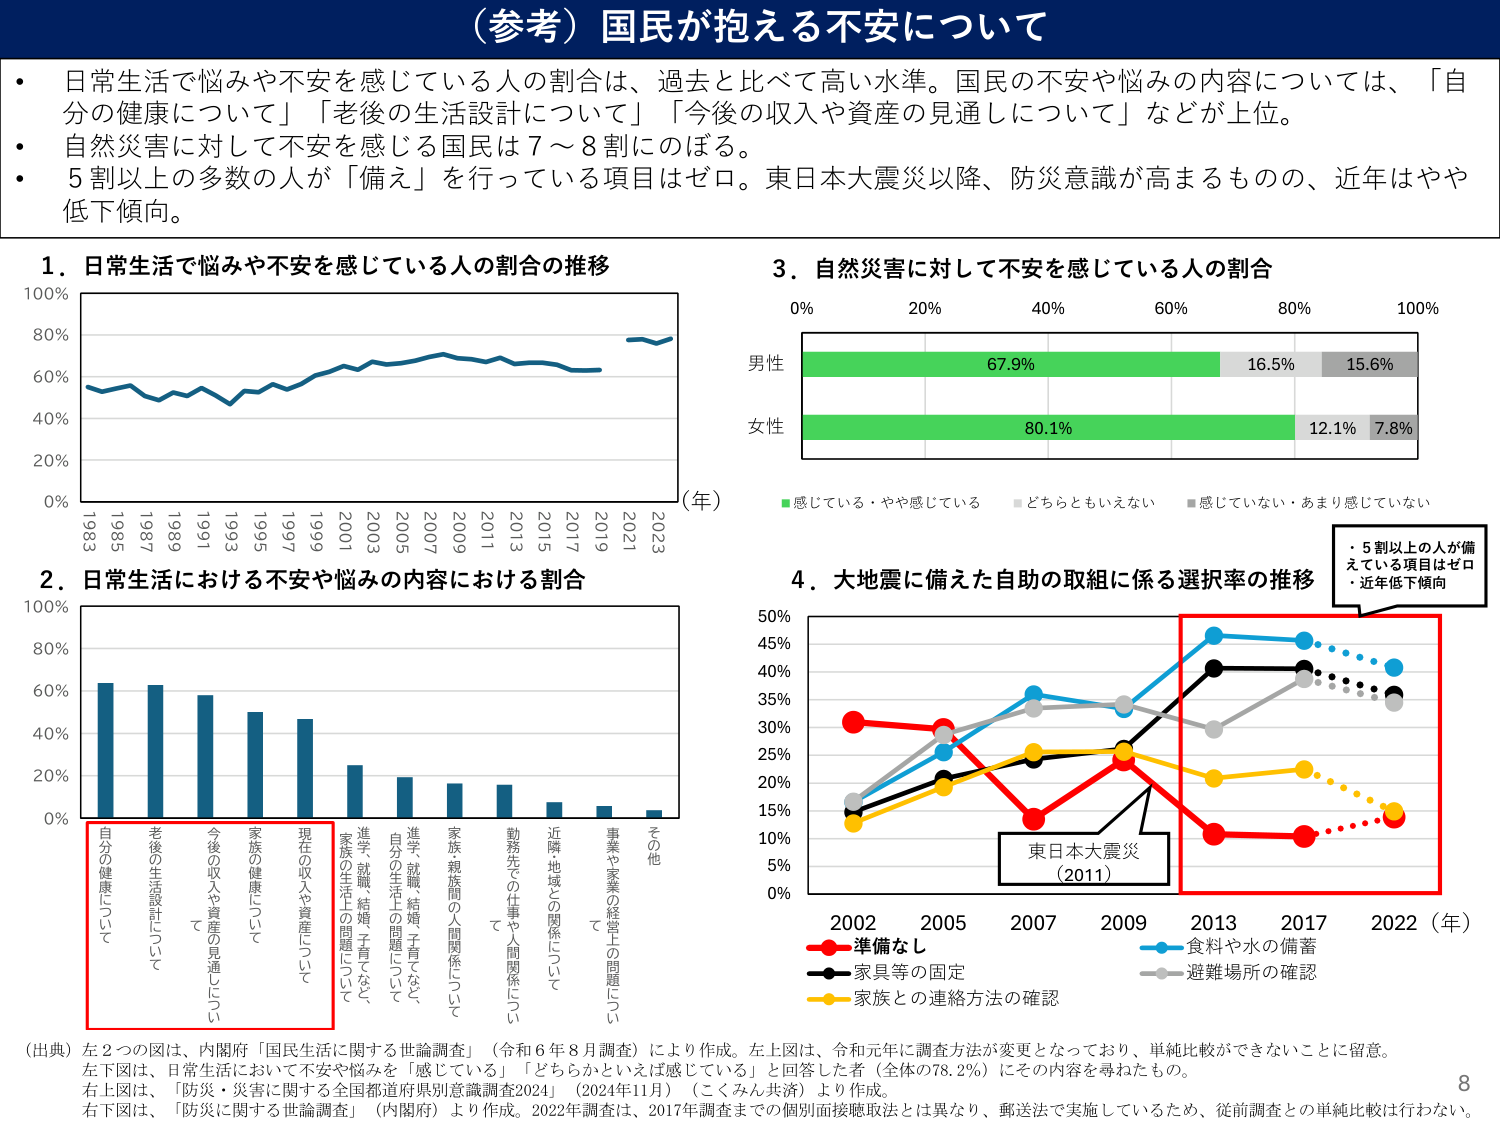
（参考）国民が抱える不安について

・日常生活で悩みや不安を感じている人の割合は、過去と比べて高い水準。国民の不安や悩みの内容については、「自分の健康について」「老後の生活設計について」「今後の収入や資産の見通しについて」などが上位。
・自然災害に対して不安を感じる国民は７～８割にのぼる。
・５割以上の多数の人が「備え」を行っている項目はゼロ。東日本大震災以降、防災意識が高まるものの、近年はやや低下傾向。

１．日常生活で悩みや不安を感じている人の割合の推移
（年）
100%
80%
60%
40%
20%
0%
1983 1985 1987 1989 1991 1993 1995 1997 1999 2001 2003 2005 2007 2009 2011 2013 2015 2017 2019 2021 2023

２．日常生活における不安や悩みの内容における割合
100%
80%
60%
40%
20%
0%
自分の健康について
老後の生活設計について
今後の収入や資産の見通しについて
家族の健康について
現在の収入や資産について
進学、就職、結婚、子育てなど、家族の生活上の問題について
進学、就職、結婚、子育てなど、自分の生活上の問題について
家族・親族間の人間関係について
勤務先での仕事や人間関係について
近隣地域との関係について
事業や家業の経営上の問題について
その他

３．自然災害に対して不安を感じている人の割合
0% 20% 40% 60% 80% 100%
男性
67.9% 16.5% 15.6%
女性
80.1% 12.1% 7.8%
■感じている・やや感じている ■どちらともいえない ■感じていない・あまり感じていない

４．大地震に備えた自助の取組に係る選択率の推移
50%
45%
40%
35%
30%
25%
20%
15%
10%
5%
0%
2002 2005 2007 2009 2013 2017 2022（年）
■準備なし
■食料や水の備蓄
■家具等の固定
■避難場所の確認
■家族との連絡方法の確認
東日本大震災（2011）
・５割以上の人があ備えている項目はゼロ
・近年低下傾向

（出典）左２つの図は、内閣府「国民生活に関する世論調査」（令和６年８月調査）により作成。左上図は、令和元年に調査方法が変更となっており、単純比較ができないことに留意。左下図は、日常生活において不安や悩みを「感じている」「どちらかといえば感じている」と回答した者（全体の78.2％）にその内容を尋ねたもの。
右上図は、「防災・災害に関する全国都道府県別意識調査2024」（2024年11月）（こくみん共済）より作成。
右下図は、「防災に関する世論調査」（内閣府）より作成。2022年調査は、2017年調査までの個別面接聴取法とは異なり、郵送法で実施しているため、従前調査との単純比較は行わない。

8